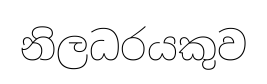
නිලධරයකුව